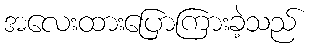
အလေးထားပြောကြားခဲ့သည်